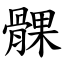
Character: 髁